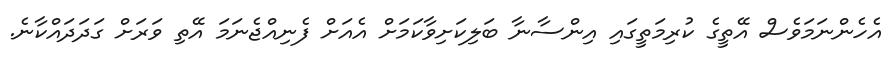
އެހެންނަމަވެސް އޭތީގެ ކުރިމަތީގައި އިންސާނާ ބަލިކަށިވާކަމަށް އެއަށް ފެނިއްޖެނަމަ އޭތި ވަރަށް ގަދަދައްކާނެ.